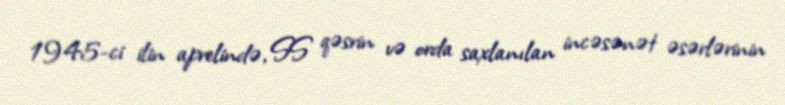
1945-ci ilin aprelində, SS qəsrin və orda saxlanılan incəsənət əsərlərinin